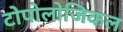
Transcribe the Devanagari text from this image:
टोपोलोजिकल